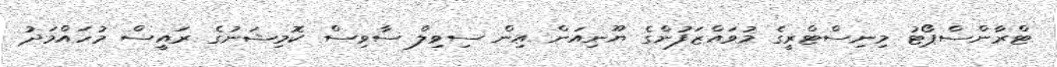
ޓްރާންސްޕޯޓު މިނިސްޓްރީގެ މުވައްޒަފުންގެ ޔޫނިއަން އިން ސިވިލް ސާވިސް ކޮމިޝަނުގެ ރައީސް މުހައްމަދު